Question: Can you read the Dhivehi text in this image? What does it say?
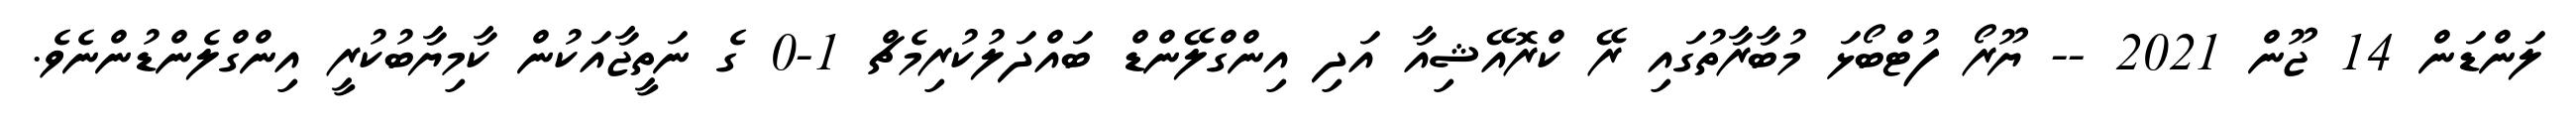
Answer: ލަންޑަން 14 ޖޫން 2021 -- ޔޫރޯ ފުޓްބޯޅަ މުބާރާތުގައި ރޭ ކްރޮއޭޝިއާ އަދި އިންގްލޭންޑް ބައްދަލުކުރިމެޗް 1-0 ގެ ނަތީޖާއަކުން ކާމިޔާބުކުރީ އިންގްލެންޑުންނެވެ.